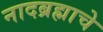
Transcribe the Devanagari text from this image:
नादब्रह्माचे